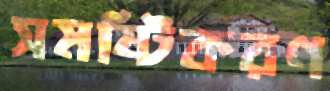
সমষ্টিকরণ